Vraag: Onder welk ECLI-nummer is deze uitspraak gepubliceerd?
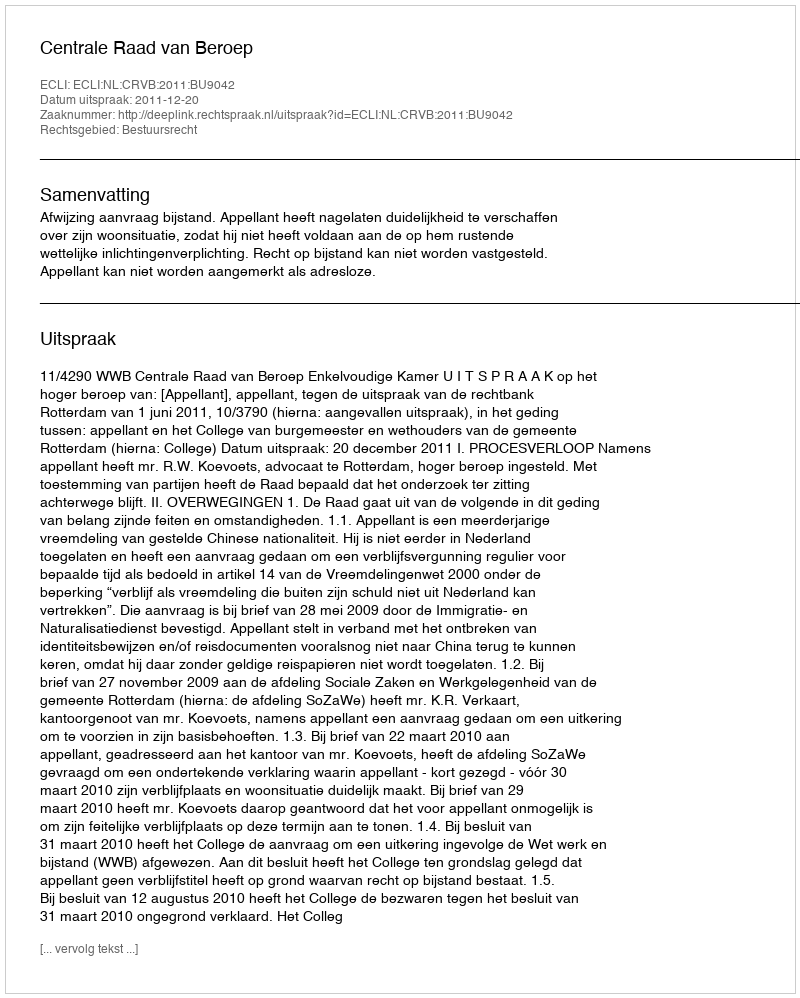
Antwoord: ECLI:NL:CRVB:2011:BU9042